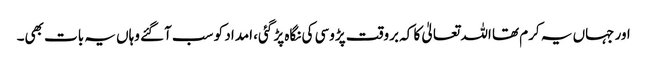
اور جہاں یہ کرم تھا اللہ تعالیٰ کا کہ بروقت پڑوسی کی نگاہ پڑ گئی، امداد کو سب آگئے وہاں یہ بات بھی۔